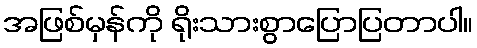
အဖြစ်မှန်ကို ရိုးသားစွာပြောပြတာပါ။